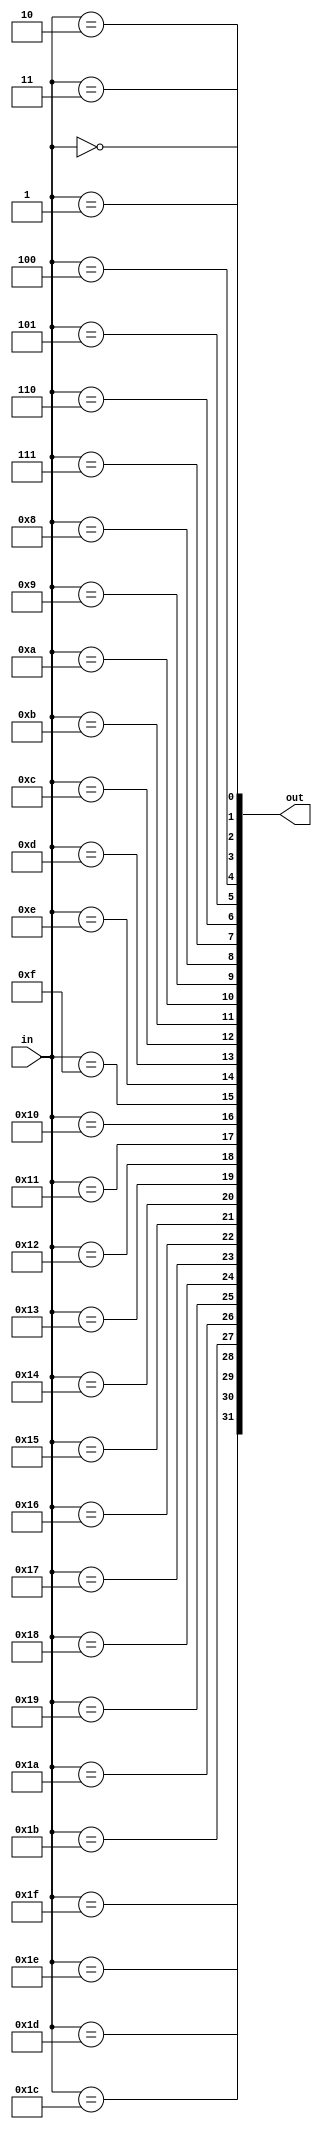
//

//          
//6'b00_0000   64'b0000_0000_0000_0000_0000_0000_0000_0000_0000_0000_0000_0000_0000_0000_0000_0001
//6'b00_0001   64'b0000_0000_0000_0000_0000_0000_0000_0000_0000_0000_0000_0000_0000_0000_0000_0010

module decoder_5_32(
    input  [ 4:0] in,
    output [31:0] out
);

genvar i;
generate for (i=0; i<32; i=i+1) begin : gen_for_dec_5_32
    assign out[i] = (in == i);
end endgenerate

endmodule


module decoder_6_64(
    input  [ 5:0] in,
    output [63:0] out
);

genvar i;
generate for (i=0; i<63; i=i+1) begin : gen_for_dec_6_64
    assign out[i] = (in == i);
end endgenerate

endmodule